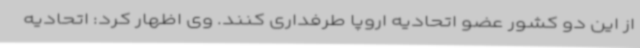
از این دو کشور عضو اتحادیه اروپا طرفداری کنند. وی اظهار کرد: اتحادیه